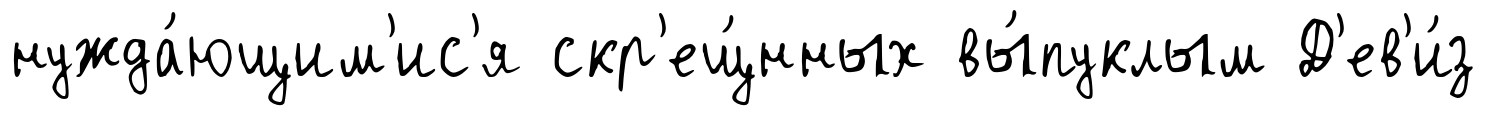
нужда́ющим'ис'я скр'ещ́нных вы́пуклым Д'ев'и́з